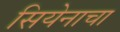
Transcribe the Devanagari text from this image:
सियेनाचा